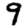
Digit: 9